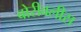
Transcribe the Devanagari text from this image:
बोरीवलीस